65_HS1-834228961_62-HQ-83894_Section_8
Agency: FBI
Page 115
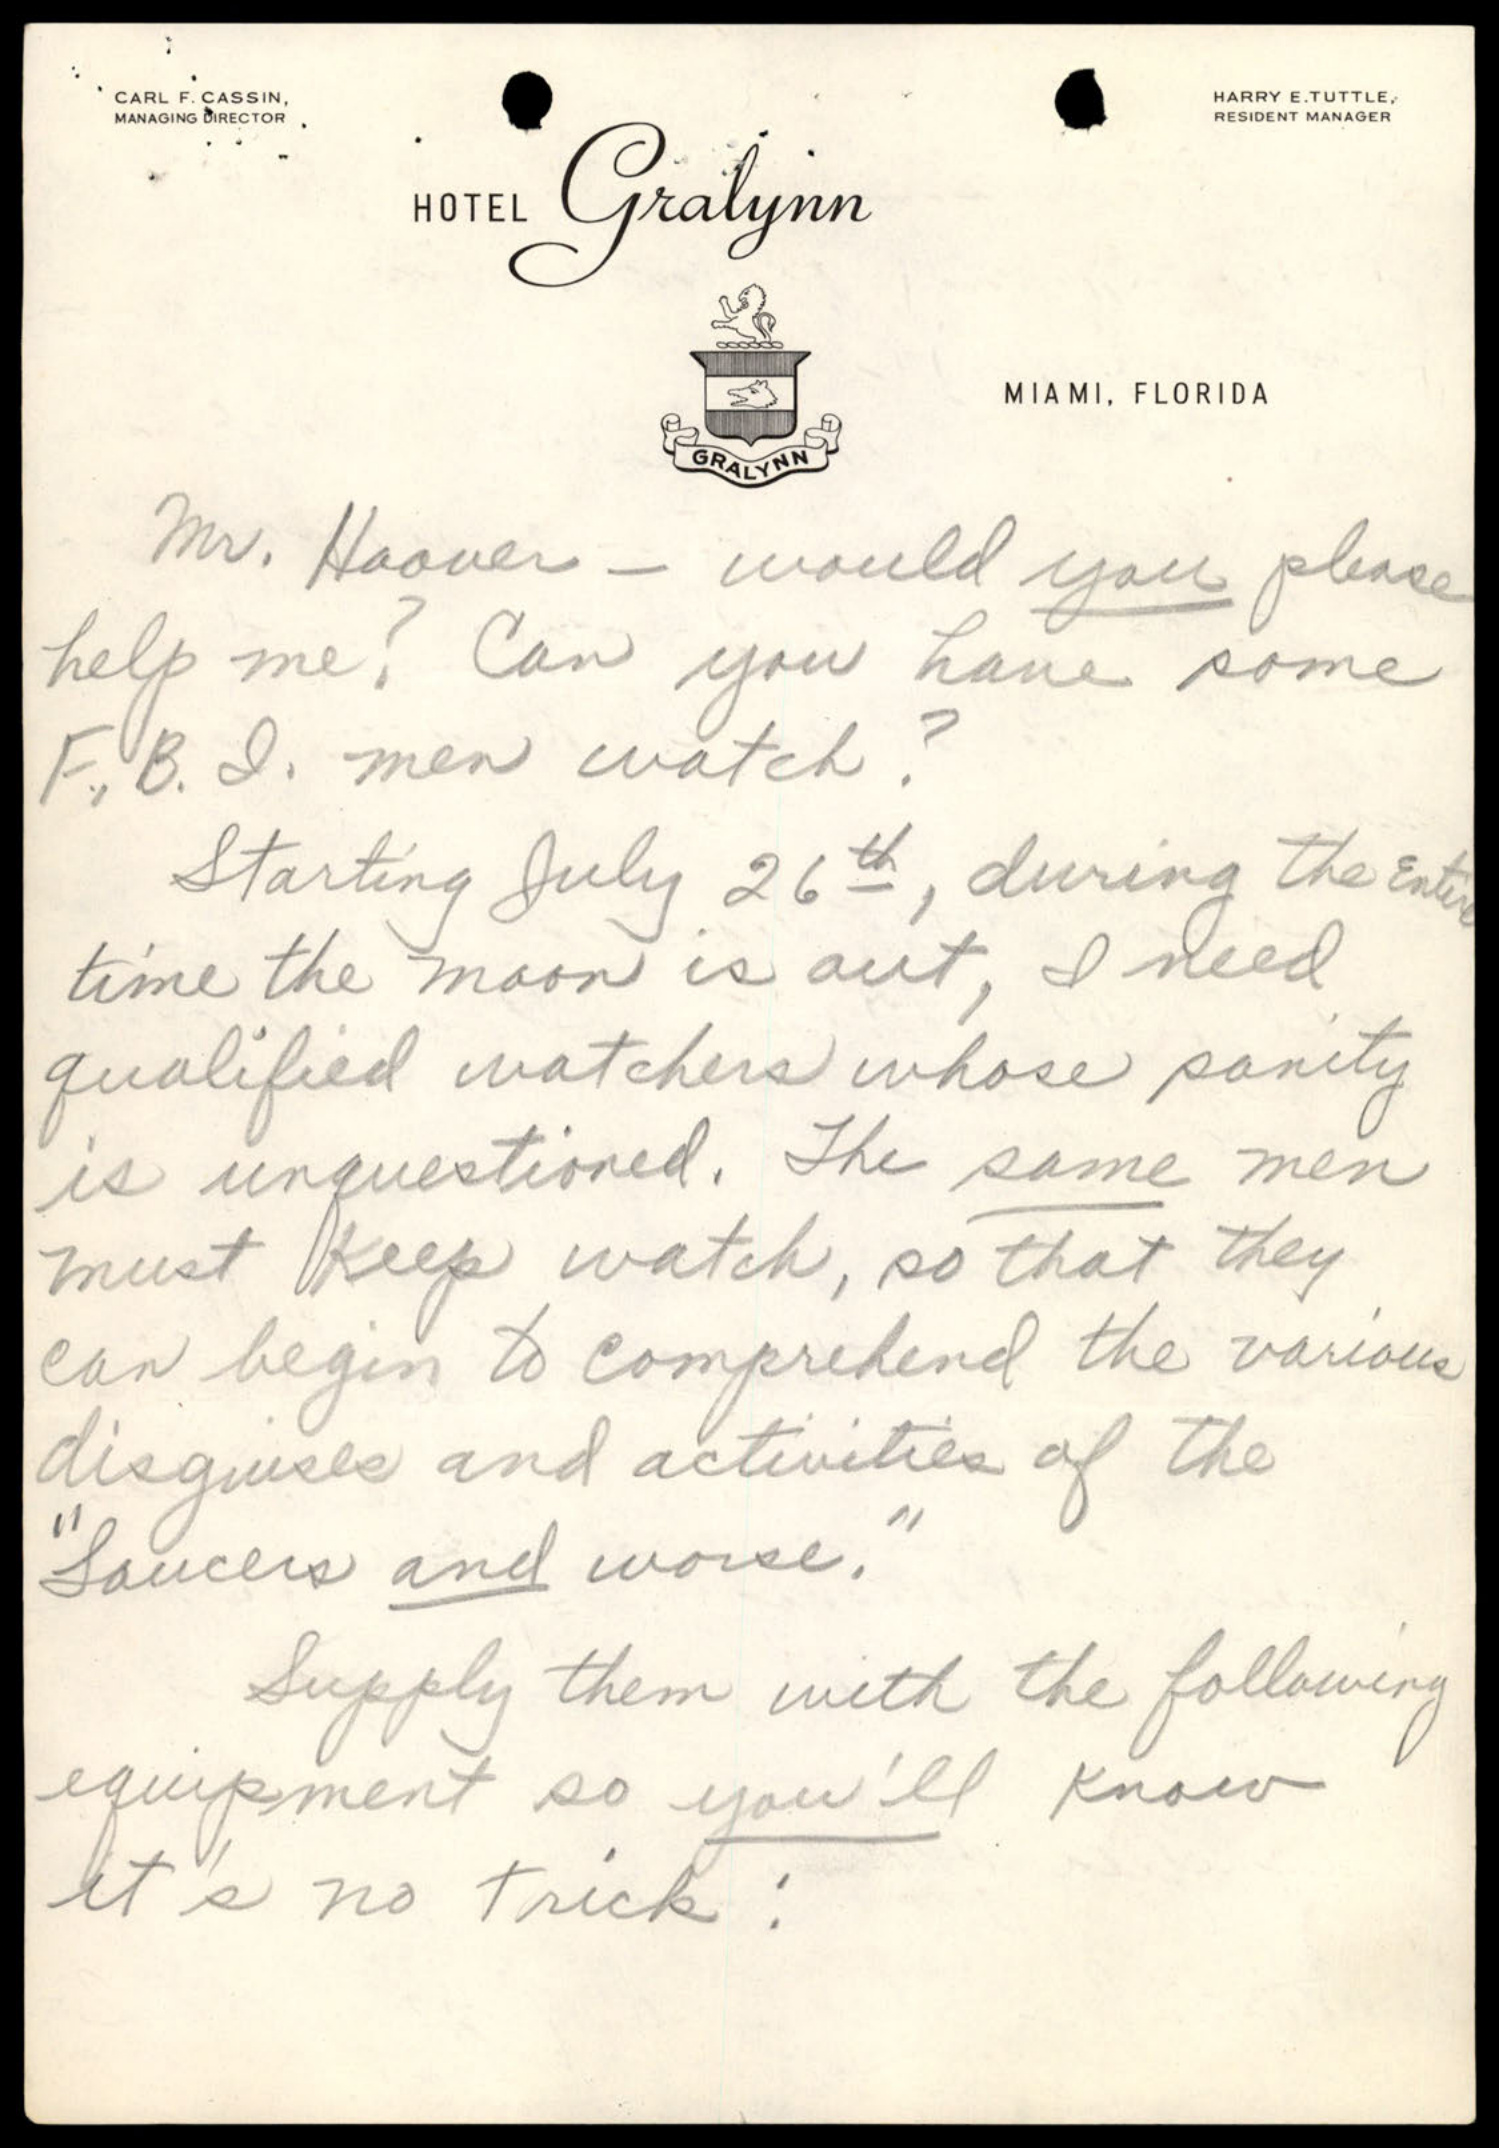